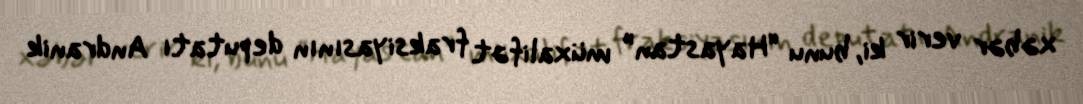
xəbər verir ki, bunu “Hayastan” müxalifət fraksiyasının deputatı Andranik